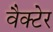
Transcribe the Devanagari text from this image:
वैक्टेर